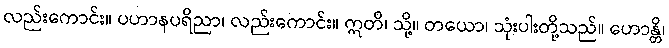
လည်းကောင်း။ ပဟာနပရိညာ၊ လည်းကောင်း။ ဣတိ၊ သို့။ တယော၊ သုံးပါးတို့သည်။ ဟောန္တိ၊